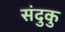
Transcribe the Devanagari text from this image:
संदुकु